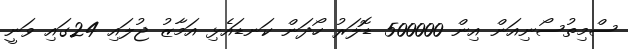
ސްމިތުސޯނިއަން އިން 500000 ޑޮލަރު ހޯދަން ކަނޑައެޅި އަމާޒު ޖުލައި 24ގައި ވަނީ